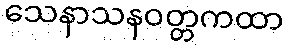
သေနာသနဝတ္တကထာ